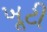
ખૂટી